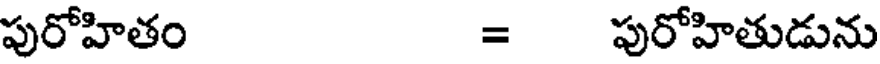
పురోహితం = పురోహితుడును